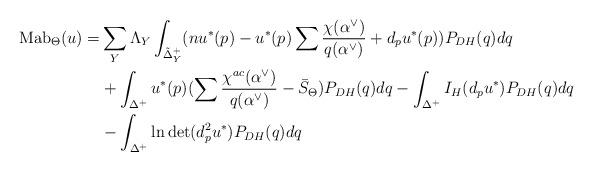
LaTeX: \begin{align*}\mathrm{Mab}_{\Theta}(u) = &\sum_Y \Lambda_Y \int_{\tilde{\Delta}^+_Y} (nu^*(p)-u^*(p)\sum \frac{\chi(\alpha^{\vee})}{q(\alpha^{\vee})} +d_pu^*(p))P_{DH}(q)dq \\& +\int_{\Delta^+} u^*(p)(\sum \frac{\chi^{ac}(\alpha^{\vee})}{q(\alpha^{\vee})}-\bar{S}_{\Theta})P_{DH}(q)dq -\int_{\Delta^+}I_H(d_pu^*)P_{DH}(q)dq \\&-\int_{\Delta^+}\ln\det (d^2_pu^*)P_{DH}(q)dq \end{align*}